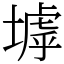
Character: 㙤